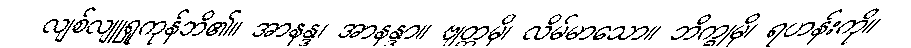
လျစ်လျူရှုကုန်ဘိ၏။ အာနန္ဒ၊ အာနန္ဒာ။ ဗျတ္တမှိ၊ လိမ်မာသော။ ဘိက္ခုမှိ၊ ရဟန်းကို။